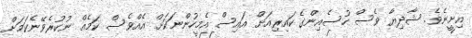
އިށީނެވެ. ޝާދިޔާ ވެސް ހުސެއިންގެ ކައިރިއަށް އައިސް އެމީހުންނަކަށް އެއްވެސް ކަމެއް ނުކުރެވޭނެކަމަށް